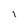
Character: l